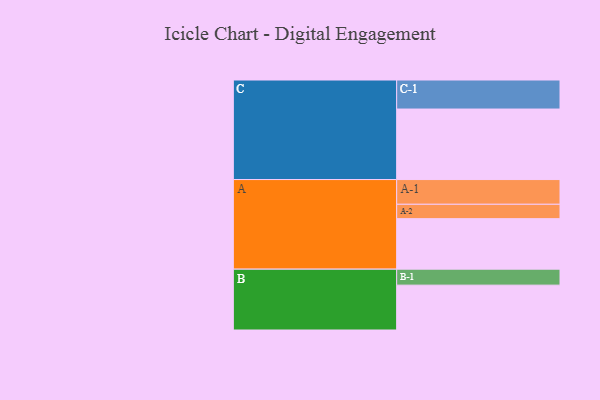
{"axis": {"x": "Segment", "y": "Value"}, "legend": ["", "A", "B", "C"], "data": [{"x": "A", "y": 386, "type": ""}, {"x": "B", "y": 343, "type": ""}, {"x": "C", "y": 539, "type": ""}, {"x": "A-1", "y": 189, "type": "A"}, {"x": "A-2", "y": 110, "type": "A"}, {"x": "B-1", "y": 122, "type": "B"}, {"x": "C-1", "y": 222, "type": "C"}]}